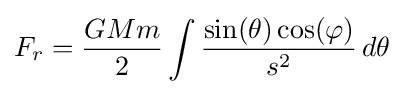
F_{r}={\frac {GMm}{2}}\int {\frac {\sin(\theta )\cos(\varphi )}{s^{2}}}\,d\theta